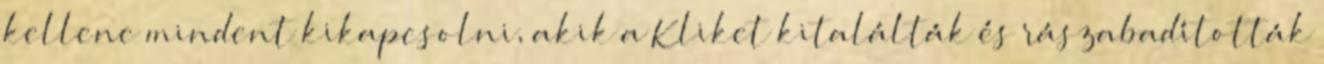
kellene mindent kikapcsolni, akik a Kliket kitalálták és rászabadították